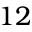
1 2